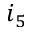
i _ { 5 }